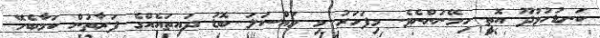
ކަނޑުހުޅުދޫ އޮތީ ހިމޭނުންނެވެ. މިފަހަރު މި މައްސަލަ ބޮޑު ދައިތައެއްގެ ފަރާތުން ކަމާބެހޭ